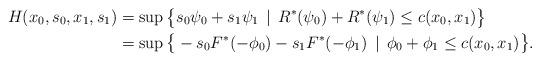
LaTeX: \begin{align*}H(x_0,s_0,x_1,s_1) &= \sup \big\{ s_0 \psi_0 + s_1\psi_1\, \mid\, R^*(\psi_0) + R^*(\psi_1) \leq c(x_0,x_1) \big\}\\&= \sup \big\{ -s_0 F^*(-\phi_0) - s_1F^*(-\phi_1)\, \mid\, \phi_0 + \phi_1 \leq c(x_0,x_1) \big\}.\end{align*}